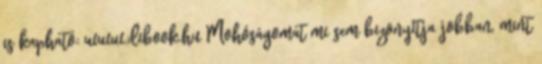
is kapható: www.dibook.hu Mohóságomat mi sem bizonyítja jobban, mint